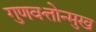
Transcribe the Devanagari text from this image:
गुणवत्तोन्मुख